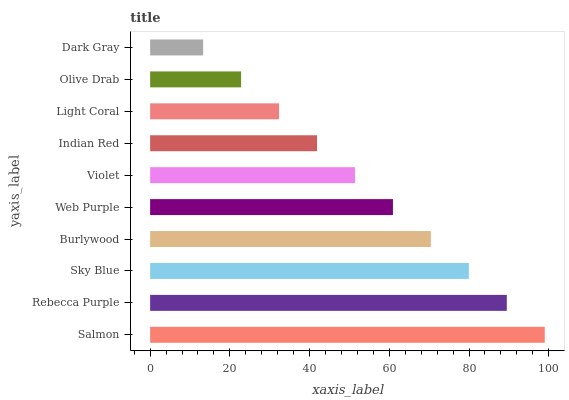
| yaxis_label | bars |
 | --- | --- |
 | Salmon | 99 |
 | Rebecca Purple | 89.5 |
 | Sky Blue | 80 |
 | Burlywood | 70.4 |
 | Web Purple | 60.9 |
 | Violet | 51.4 |
 | Indian Red | 41.9 |
 | Light Coral | 32.3 |
 | Olive Drab | 22.8 |
 | Dark Gray | 13.3 |